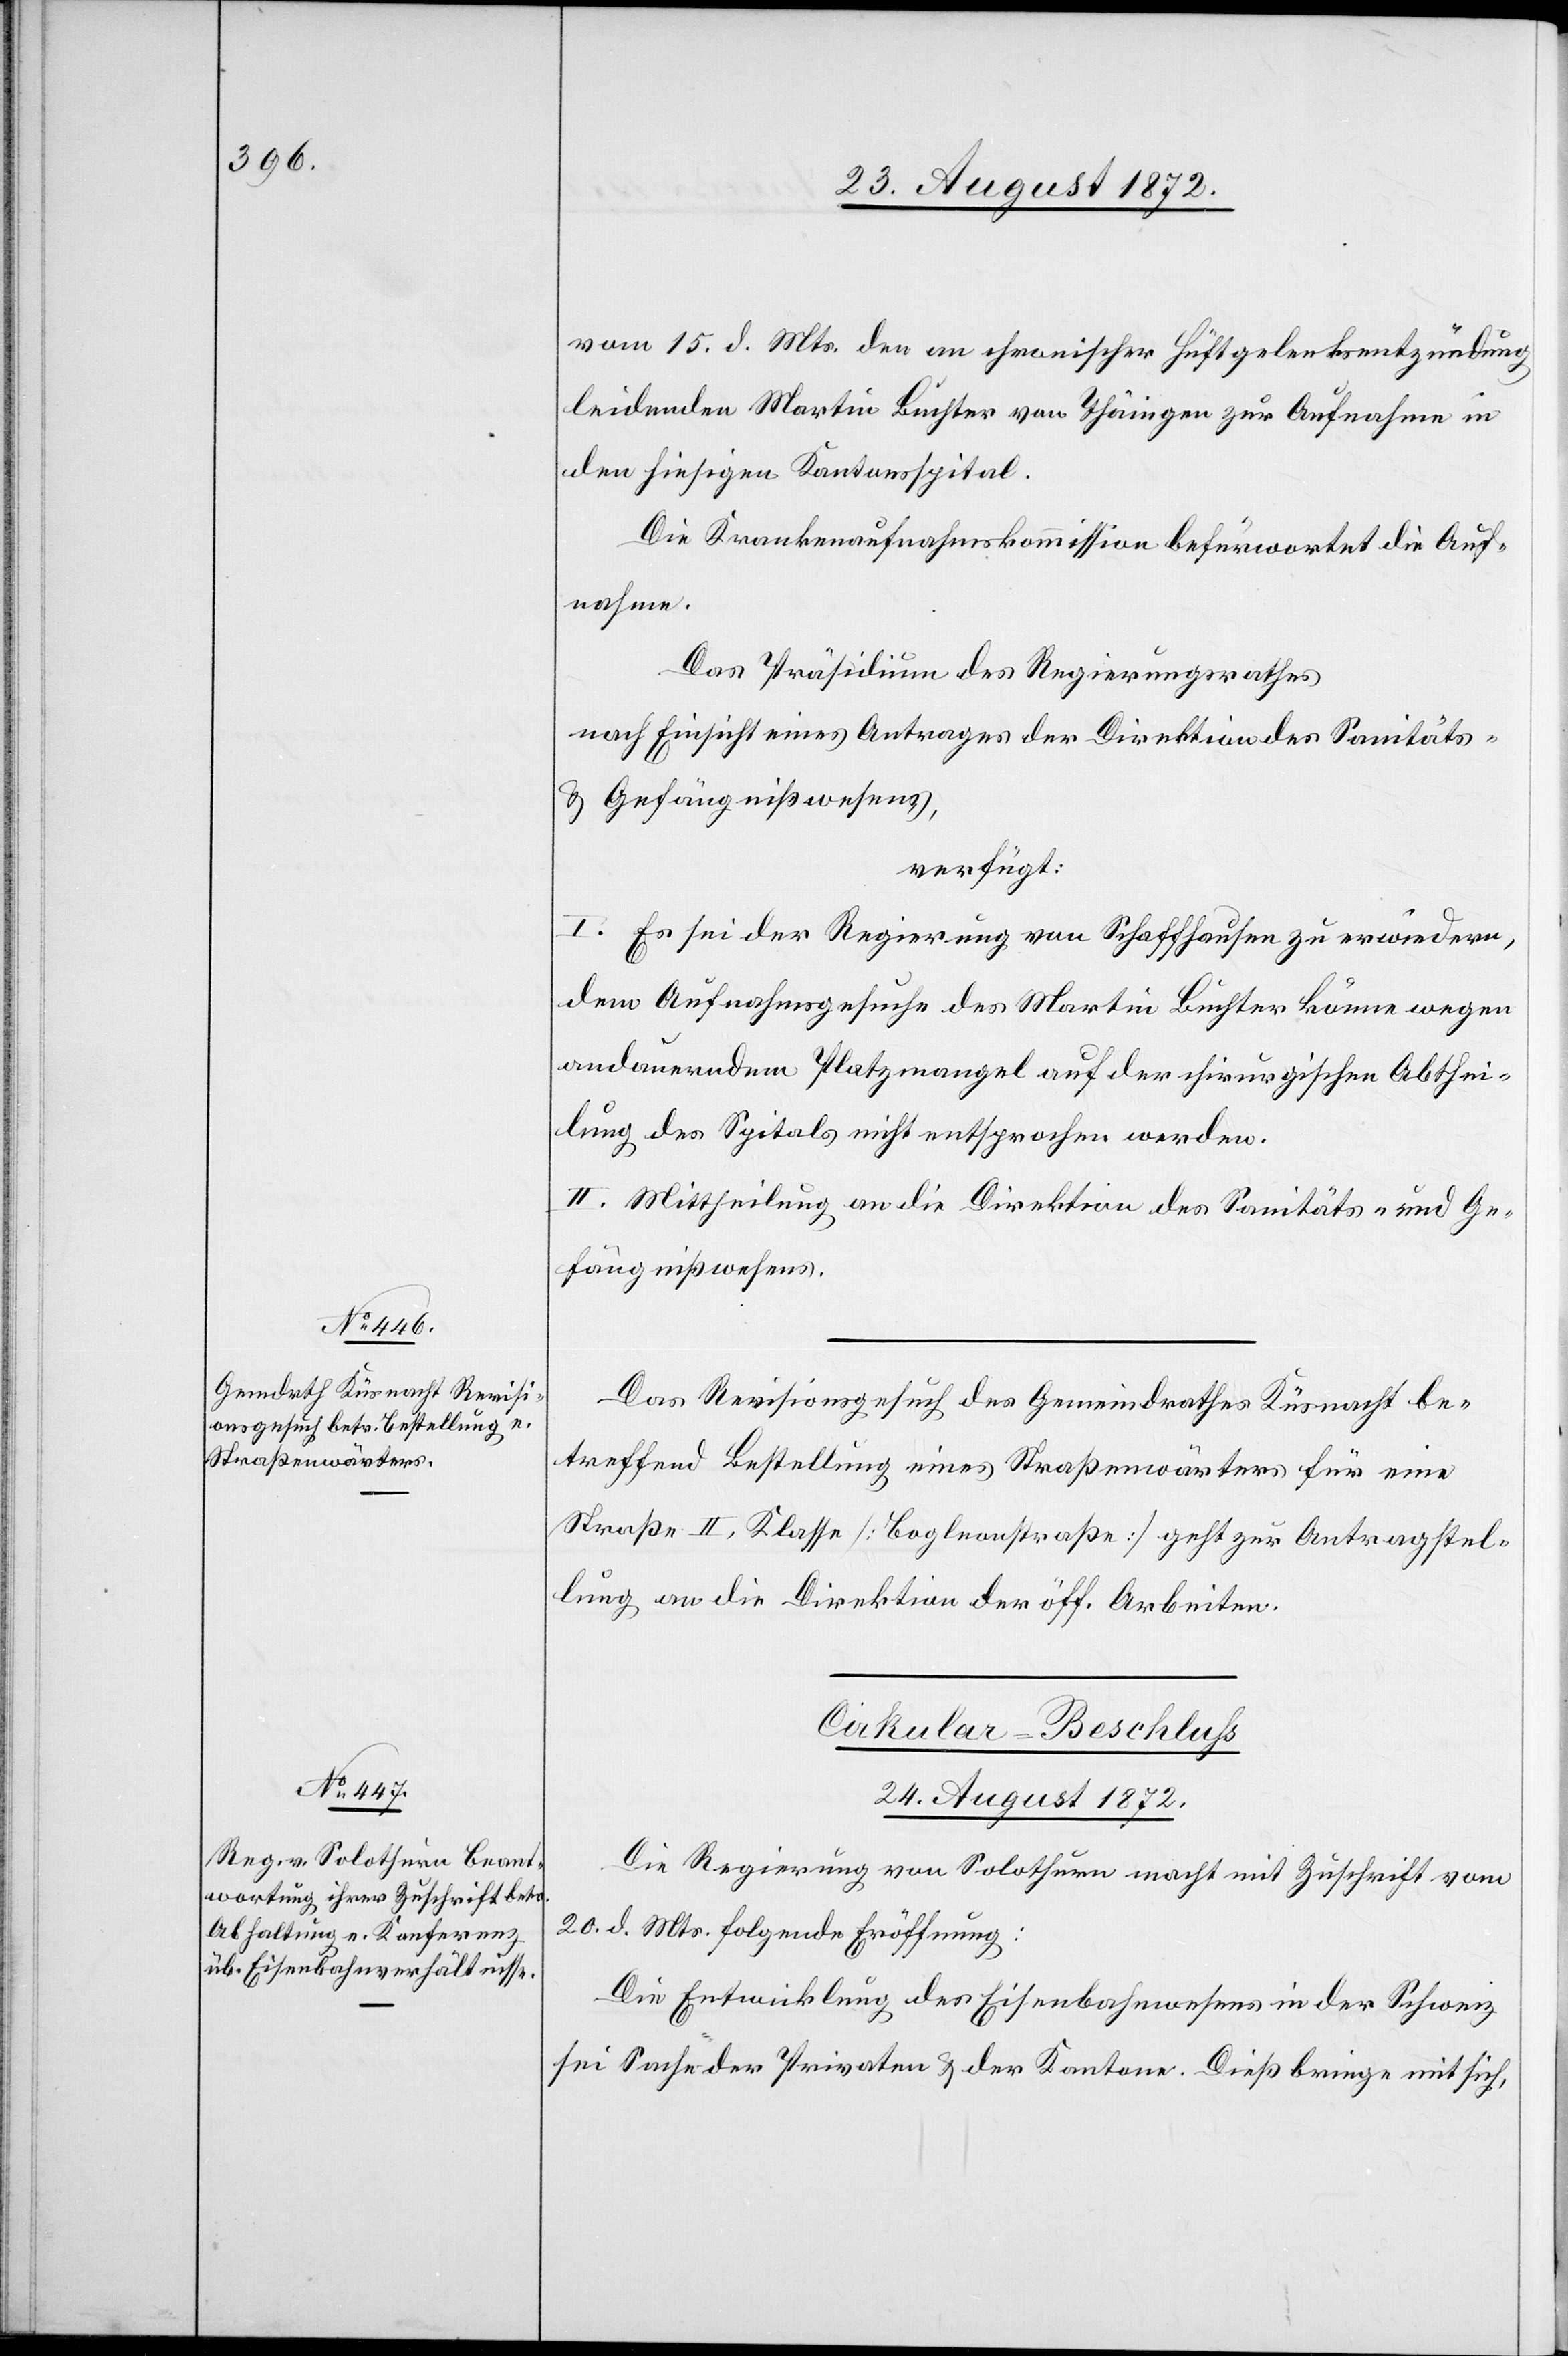
24. August 1872.
vom 15. d. Mts. den an chronischer Hüftgelenksentzündung
leidenden Martin Buchter von Thäingen zur Aufnahme in
den hiesigen Kantonsspital.
Die Krankenaufnahmskommission befürwortet die Auf¬
nahme.
Das Präsidium des Regierungsrathes
nach Einsicht eines Antrages der Direktion des Sanitäts-
u. Gefängnißwesens,
verfügt:
I. Es sei der Regierung von Schaffhausen zu erwiedern,
dem Aufnahmsgesuche des Martin Buchter könne wegen
andauerndem Platzmangel auf der chirurgischen Abthei¬
lung des Spitals nicht entsprochen werden.
II. Mittheilung an die Direktion des Sanitäts- und Ge¬
fängnißwesens.
Das Revisionsgesuch des Gemeindrathes Küsnacht be¬
treffend Bestellung eines Straßenwärters für eine
Straße II. Klasse [Bogleonstraße] geht zur Antragstel¬
lung an die Direktion der öff. Arbeiten.
Cirkular-Beschluss
Die Regierung von Solothurn macht mit Zuschrift vom
20. d. Mts. folgende Eröffnung:
Die Entwicklung des Eisenbahnwesens in der Schweiz
sei Sache der Privaten u. der Kantone. Dieß bringe mit sich,